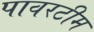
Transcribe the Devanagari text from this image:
पावरटीम